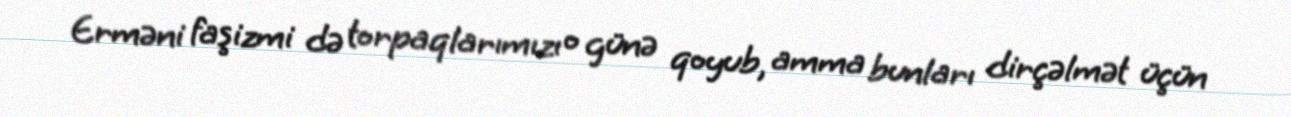
Erməni faşizmi də torpaqlarımızı o günə qoyub, amma bunları dirçəlmət üçün